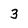
Character: 3